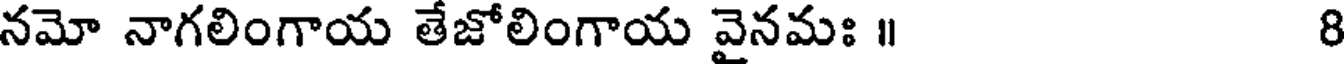
నమో నాగలింగాయ తేజోలింగాయ వైనమః ॥ 8